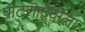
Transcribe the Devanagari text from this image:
पाटणादेवीला